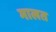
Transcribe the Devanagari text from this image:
मालत